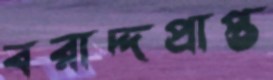
বরাদ্দপ্রাপ্ত